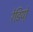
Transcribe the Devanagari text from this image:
रेडियो़